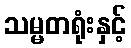
သမ္မတရုံးနှင့်